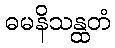
ဓမနိသန္ထတံ